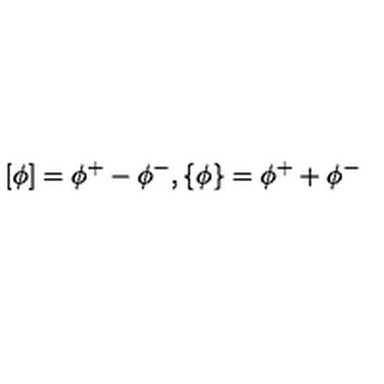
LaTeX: \left[ \phi \right] = \phi ^ { + } - \phi ^ { - } , \left\{ \phi \right\} = \phi ^ { + } + \phi ^ { - }